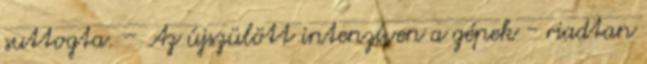
suttogta. – Az újszülött intenzíven a gépek - riadtan